Regulations for the medical services of the Army of India
Year: 1930
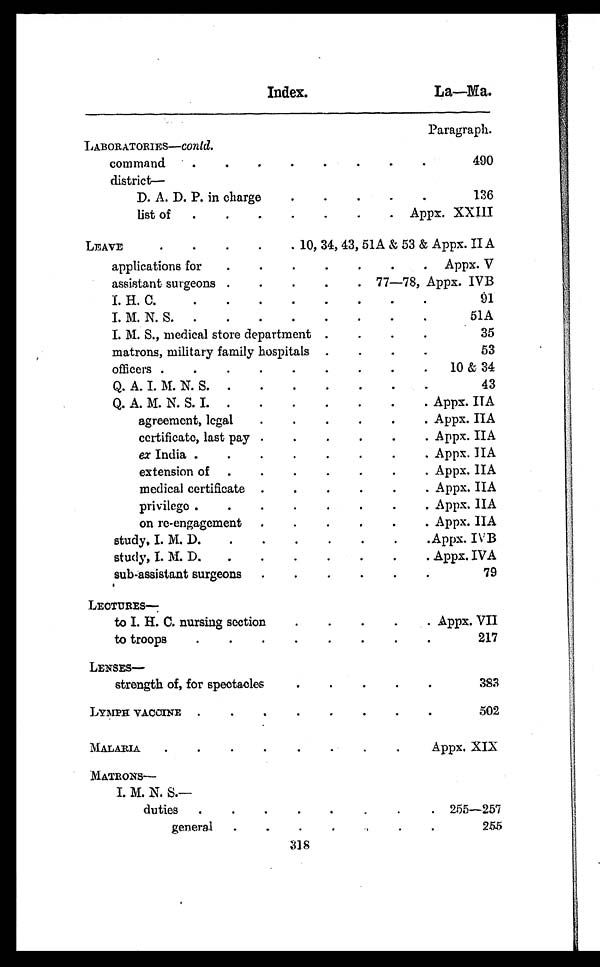
Index.
La—Ma.
Paragraph.
LABORATORIES—contd.
command . . .
490
d i s t r i c t —
D. A. D. P. in charge . . .
136
list of . . .
Appx. XXIII
LEAVE . . .
10, 34, 43, 51A & 53 & Appx. II A
applications for . . .
Appx. V
assistant surgeons . . .
77—78, Appx. IVB
I. H. C. . . .
91
I. M. N. S. . . .
51A
I. M. S., medical store department . . .
35
matrons, military family hospitals . . .
53
officers . . .
10 & 34
Q. A. I. M. N. S .
.
.
.
43
Q. A. M. N. S. I. . . .
Appx. IIA
agreement, legal . . .
Appx. IIA
certificate, last pay . . .
Appx. IIA
ex India . . .
Appx. IIA
extension of . . .
Appx. IIA
medical certificate . . .
Appx. II A
privilege . . .
Appx. IIA
on re-engagement . . .
Appx. IIA
study, I. M. D. . . .
Appx. IVB
study, I. M. D. . . .
Appx. IVA
sub-assistant surgeons . . .
79
LECTURES
—
to I. H. C. nursing section . . .
Appx. VII
to troops . . .
217
LENSES
—
strength of, for spectacles . . .
383
LYMPH VACCINE . . .
502
MALARIA . . .
Appx. XIX.
MATRONS
—
I. M. N. S. —
duties . . .
255—257
general . . .
255